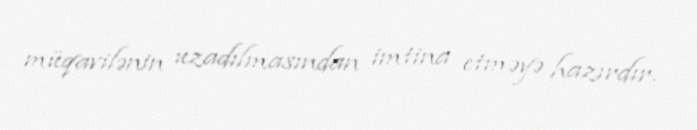
müqavilənin uzadılmasından imtina etməyə hazırdır.